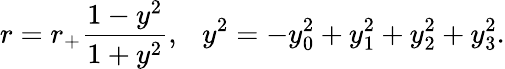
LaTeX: r=r_{+}\frac{1-y^{2}}{1+y^{2}},\ \ \ y^{2}=-y_{0}^{2}+y_{1}^{2}+y_{2}^{2}+y_{3}^{2}.